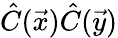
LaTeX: \hat{C}(\vec{x})\hat{C}(\vec{y})